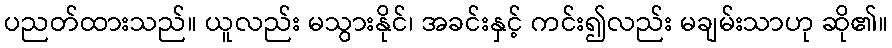
ပညတ်ထားသည်။ ယူလည်း မသွားနိုင်၊ အခင်းနှင့် ကင်း၍လည်း မချမ်းသာဟု ဆို၏။